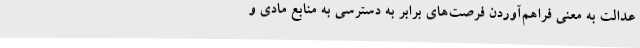
عدالت به معنی فراهم‌آوردن فرصت‌های برابر به دسترسی به منابع مادی و